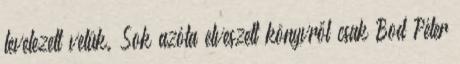
levelezett velük. Sok azóta elveszett könyvről csak Bod Péter